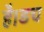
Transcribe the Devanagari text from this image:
है।डच